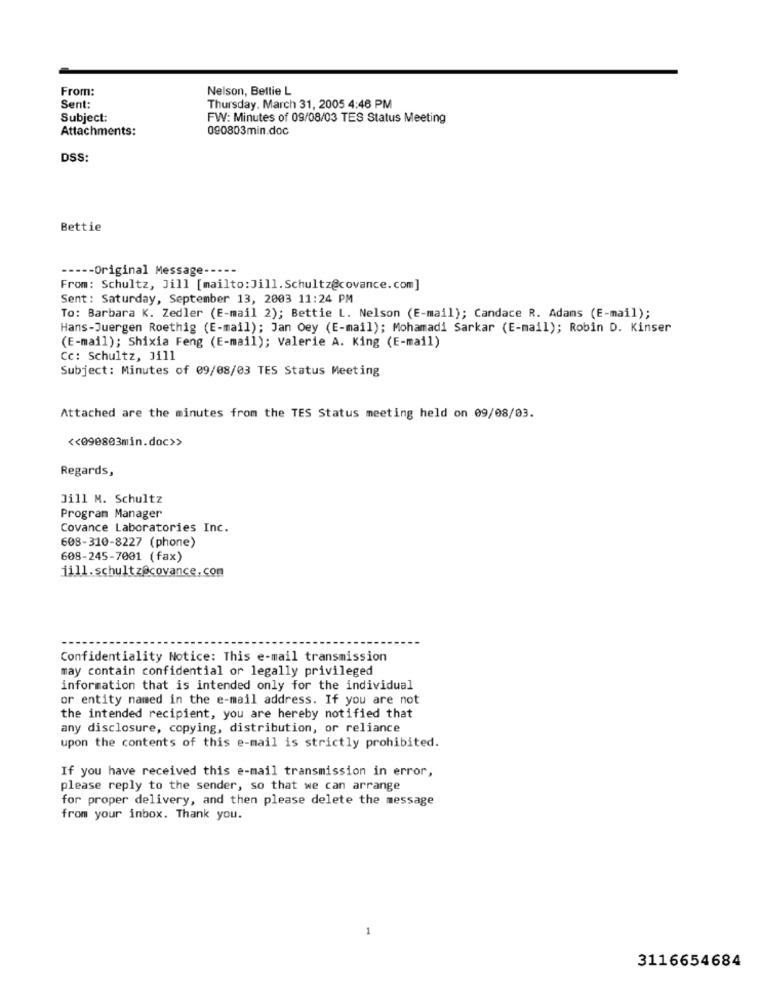
From:
Nelson, Bettie L
Sent:
Thursday, March 31, 2005 4:46 PM
Subject:
FW: Minutes of 09/08/03 TES Status Meeting
Attachments:
090803min.doc
DSS:
Bettie
----- Original Message -----
From: Schultz, Jill [mailto: Jill. Schultz@covance.com]
Sent: Saturday, September 13, 2003 11:24 PM
To: Barbara K. Zedler (E-mail 2); Bettie L. Nelson (E-mail); Candace R. Adams (E-mail);
Hans-Juergen Roethig (E-mail); Jan Oey (E-mail); Mohamadi Sarkar (E-mail); Robin D. Kinser
(E-mail); Shixia Feng (E-mail); Valerie A. King (E-mail)
Cc: Schultz, Ji11
Subject: Minutes of 09/08/03 TES Status Meeting
Attached are the minutes from the TES Status meeting held on 09/08/03.
<< 090803min.doc>>
Regards,
Jill M. Schultz
Program Manager
Covance Laboratories Inc.
608-310-8227 (phone)
608-245-7001 (fax)
jill.schultz@covance.com
Confidentiality Notice: This e-mail transmission
may contain confidential or legally privileged
information that is intended only for the individual
or entity named in the e-mail address. If you are not
the intended recipient, you are hereby notified that
any disclosure, copying, distribution, or reliance
upon the contents of this e-mail is strictly prohibited.
If you have received this e-mail transmission in error,
please reply to the sender, so that we can arrange
for proper delivery, and then please delete the message
from your inbox. Thank you.
3116654684